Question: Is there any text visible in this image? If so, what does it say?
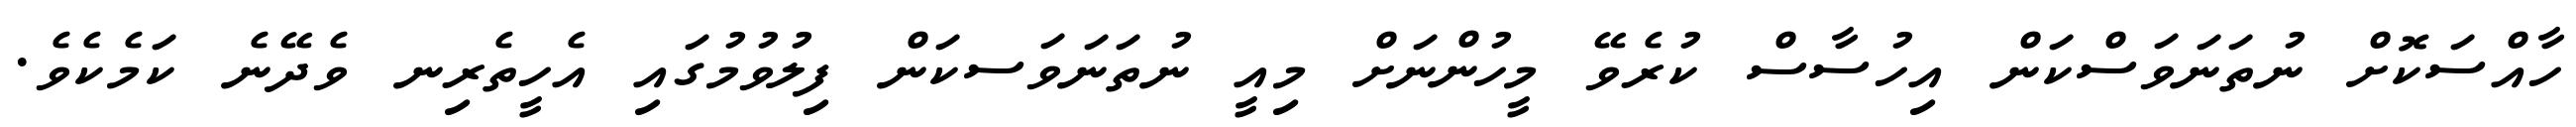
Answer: ހާއްސަކޮށް ނުތަނަވަސްކަން އިހުސާސް ކުރެވޭ މީހުންނަށް މިއީ ނުތަނަވަސކަން ފިލުވުމުގައި އެހީތެރިނ ވެދޭނެ ކަމެކެވެ.